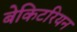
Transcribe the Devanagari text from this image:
बेकिटरियन